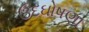
ઉદઘોષણા